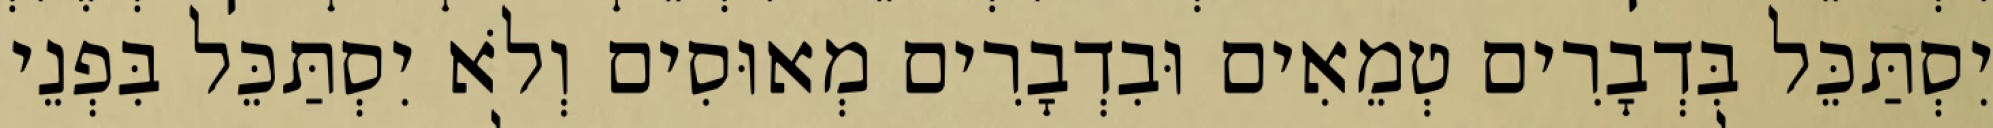
יִסְתַּכֵּל בִּדְבָרִים טְמֵאִים וּבִדְבָרִים מְאוּסִים וְלֹא יִסְתַּכֵּל בִּפְנֵי